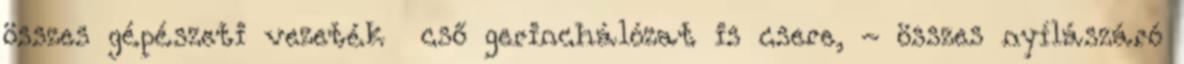
összes gépészeti vezeték cső gerinchálózat is csere, - összes nyílászáró